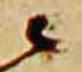
云